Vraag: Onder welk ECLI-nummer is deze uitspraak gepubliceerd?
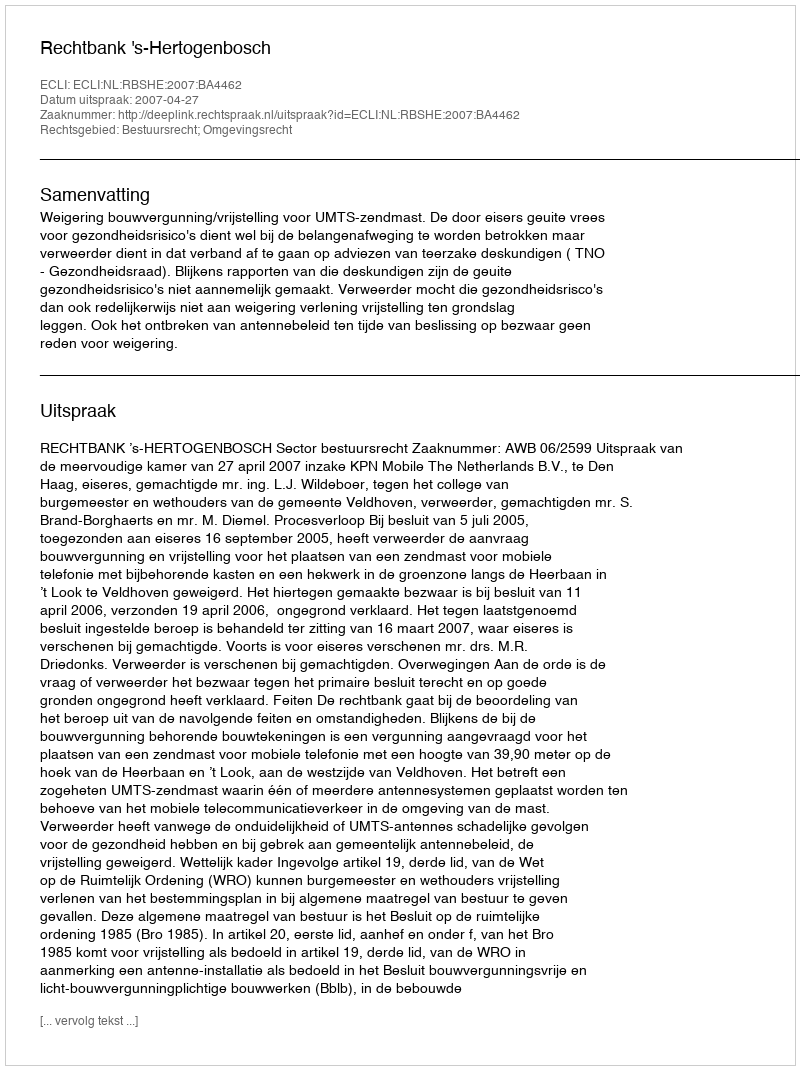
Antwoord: ECLI:NL:RBSHE:2007:BA4462